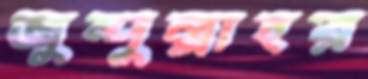
জুন্দুল্লাহর